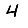
Digit: 4